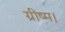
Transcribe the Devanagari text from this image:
ग्रीष्म।